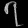
Digit: ၇